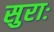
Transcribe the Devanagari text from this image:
सुराः